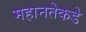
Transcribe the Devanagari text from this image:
महानतेकडे